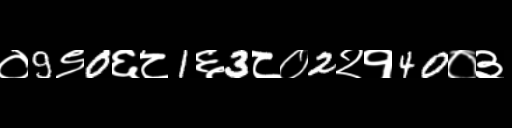
Text: ०9९0६८1६3८०2२१40०३